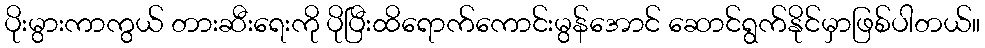
ပိုးမွားကာကွယ် တားဆီးရေးကို ပိုပြီးထိရောက်ကောင်းမွန်အောင် ဆောင်ရွက်နိုင်မှာဖြစ်ပါတယ်။